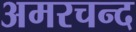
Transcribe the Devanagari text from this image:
अमरचन्द